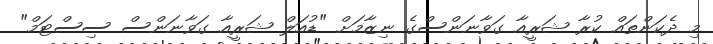
މި ދެކަންތައް ކުރާ ޝަރީއާ ގަވާނަންސްގެ ނިޒާމަށް "ޑުއަލް ޝަރީއާ ގަވާނަންސް ސިސްޓަމް"